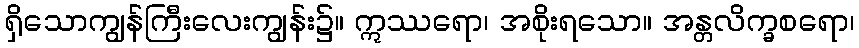
ရှိသောကျွန်ကြီးလေးကျွန်း၌။ ဣဿရော၊ အစိုးရသော။ အန္တလိက္ခစရော၊